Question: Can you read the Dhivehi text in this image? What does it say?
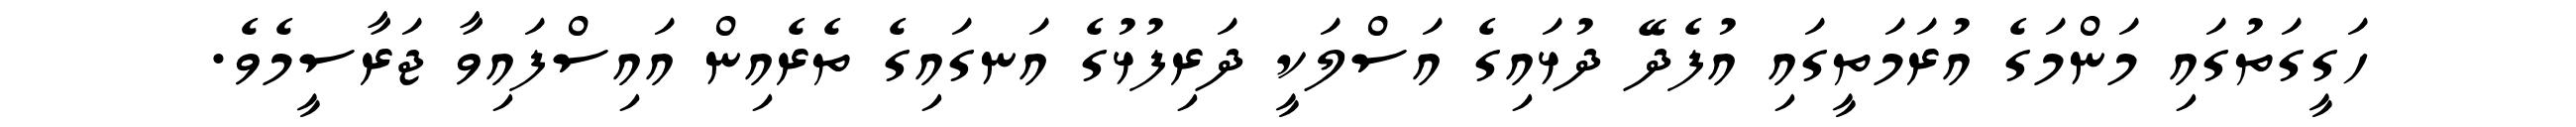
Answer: ހަގީގަތުގައި މަންމަގެ އުރަމަތީގައި އުފެދޭ ދުޅައިގެ އަސްލަކީ ދަރިފުޅުގެ އަނގައިގެ ތެރެއިން އައިސްފައިވާ ޖަރާސީމެވެ.